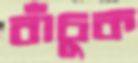
বাঁচুক